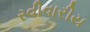
રવીવારીય